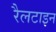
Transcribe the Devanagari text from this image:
रैलटाइन